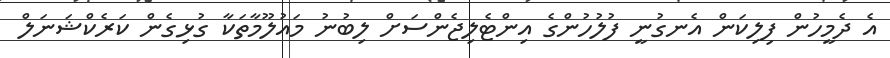
އެ ދެމީހުން ފިލިކަން އެނގުނީ ފުލުހުންގެ އިންޓެލިޖެންސަށް ލިބުނު މައުލޫމާތަކާ ގުޅިގެން ކަރެކްޝަނަލް